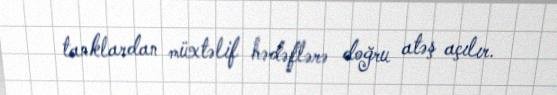
tanklardan müxtəlif hədəflərə doğru atəş açılır.